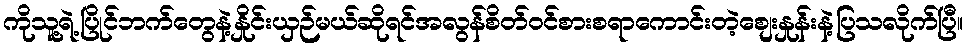
ကိုသူ့ရဲ့ပြိုင်ဘက်တွေနဲ့နှိုင်းယှဉ်မယ်ဆိုရင်အလွန်စိတ်ဝင်စားစရာကောင်းတဲ့စျေးနှုန်းနဲ့ပြသလိုက်ပြီ။